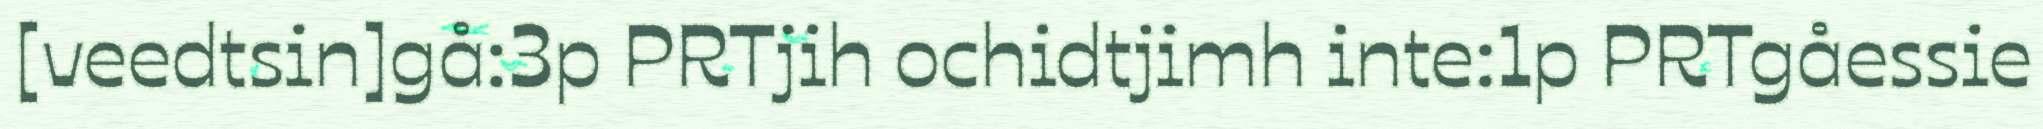
[veedtsin]gå:3p PRTjih ochidtjimh inte:1p PRTgåessie